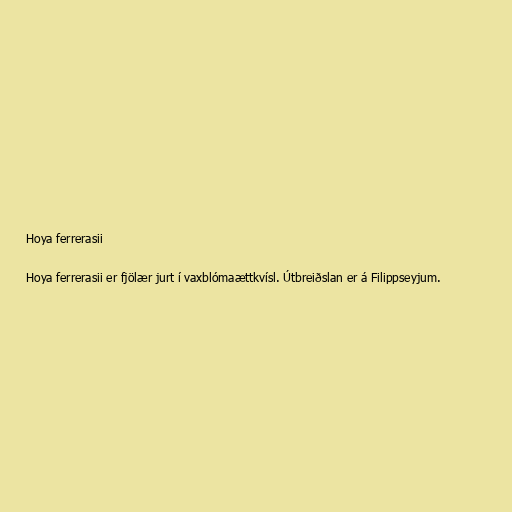
Hoya ferrerasii

Hoya ferrerasii er fjölær jurt í vaxblómaættkvísl. Útbreiðslan er á Filippseyjum.